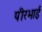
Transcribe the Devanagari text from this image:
पीरभाई